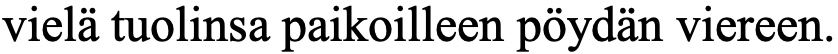
vielä tuolinsa paikoilleen pöydän viereen.